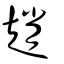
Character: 趙